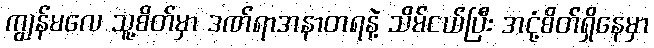
ကျွန်မလေ သူ့စိတ်မှာ ဒဏ်ရာအနာတရနဲ့ သိမ်ငယ်ပြီး အငုံ့စိတ်ရှိနေမှာ